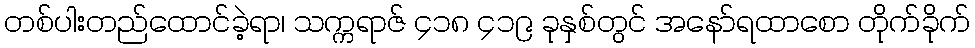
တစ်ပါးတည်ထောင်ခဲ့ရာ၊ သက္ကရာဇ် ၄၁၈ ၄၁၉ ခုနှစ်တွင် အနော်ရထာစော တိုက်ခိုက်